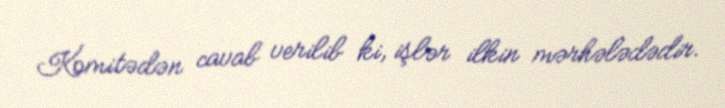
Komitədən cavab verilib ki, işlər ilkin mərhələdədir.